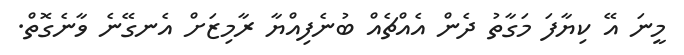
މީނަ އޭ ކިޔާފަ މަގާތު ދެން އެއްޗެއް ބުނެފިއްޔާ ރާމިޒަށް އެނގޭނެ ވާނެގޮތް.